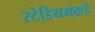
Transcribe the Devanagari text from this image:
स्टेडियमकडे